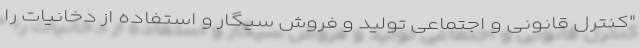
"کنترل قانونی و اجتماعی تولید و فروش سیگار و استفاده از دخانیات را